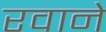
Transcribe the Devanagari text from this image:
रवाने